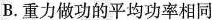
B.重力做功的平均功率相同